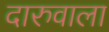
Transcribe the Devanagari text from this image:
दारुवाला